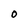
Character: O